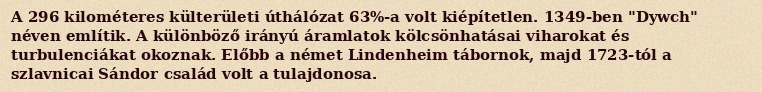
A 296 kilométeres külterületi úthálózat 63%-a volt kiépítetlen. 1349-ben "Dywch" néven említik. A különböző irányú áramlatok kölcsönhatásai viharokat és turbulenciákat okoznak. Előbb a német Lindenheim tábornok, majd 1723-tól a szlavnicai Sándor család volt a tulajdonosa.